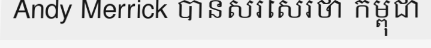
Andy Merrick បានសរសេរថា កម្ពុជា